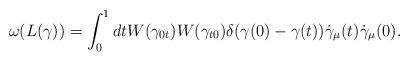
LaTeX: \begin{align*}\omega (L(\gamma )) = \int _0 ^1dt W(\gamma _{0t})W(\gamma _{t0})\delta (\gamma (0) - \gamma (t))\dot{\gamma }_\mu (t) \dot{\gamma }_{\mu }(0).\end{align*}